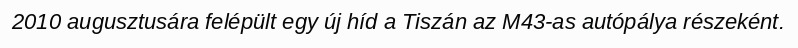
2010 augusztusára felépült egy új híd a Tiszán az M43-as autópálya részeként.